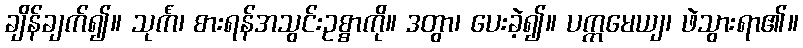
ချိန်ချက်၍။ သုင်္ကံ၊ စားရန်အသွင်းဥစ္စာကို။ ဒတွာ၊ ပေးခဲ့၍။ ပက္ကမေယျ၊ ဖဲသွားရာ၏။